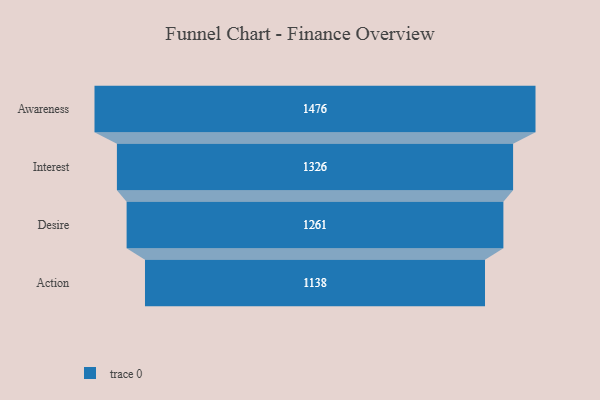
{"axis": {"x": "Stage", "y": "Value"}, "legend": [""], "data": [{"x": "Awareness", "y": 1476.0, "type": ""}, {"x": "Interest", "y": 1326.0, "type": ""}, {"x": "Desire", "y": 1261.0, "type": ""}, {"x": "Action", "y": 1138.0, "type": ""}]}